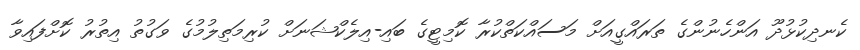
ކެނދިކުޅުދޫ އަންހެނުންގެ ތަރައްގީއަށް މަސައްކަތްކުރާ ކޮމިޓީގެ ބައި-އިލެކްޝަނަށް ކުރިމަތިލުމުގެ ވަގުތު އިތުރު ކޮށްފައިވާ